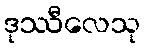
ဒုဿီလေသု